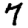
Digit: 7